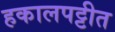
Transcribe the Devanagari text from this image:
हकालपट्टीत